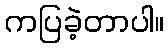
ကပြခဲ့တာပါ။